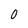
Character: 0